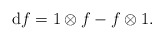
\begin{align*}\mathrm{d} f = 1\otimes f - f\otimes 1 .\end{align*}